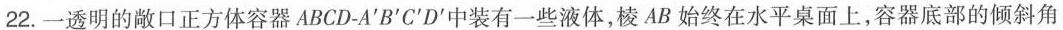
22.一透明的敞口正方体容器ABCD-A'B'C'D'中装有一些液体，棱AB始终在水平桌面上，容器底部的倾斜角